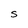
Character: S